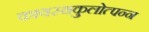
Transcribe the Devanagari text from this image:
कायस्थकुलोत्पन्न